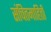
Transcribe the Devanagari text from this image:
संचितमाहिती